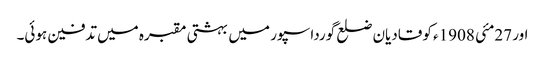
اور 27مئی 1908ء کو قادیان ضلع گورداسپور میں بہشتی مقبرہ میں تدفین ہوئی۔